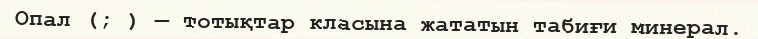
Опал (; ) — тотықтар класына жататын табиғи минерал.